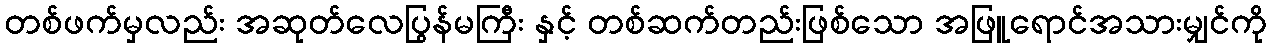
တစ်ဖက်မှလည်း အဆုတ်လေပြွန်မကြီး နှင့် တစ်ဆက်တည်းဖြစ်သော အဖြူရောင်အသားမျှင်ကို